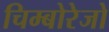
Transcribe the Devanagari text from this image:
चिम्बोरेजो